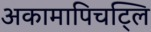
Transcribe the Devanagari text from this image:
अकामापिचट्लि